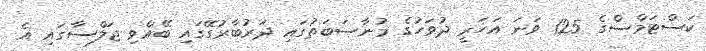
ކަސްޓަމްސްގެ 125 ވަނަ އަހަރީ ދުވަހުގެ މުނާސަބަތުގައި ދަރުބާރުގޭގައި ބޭއްވި ޖަލްސާގައި އެ